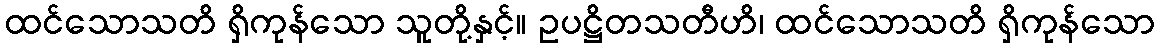
ထင်သောသတိ ရှိကုန်သော သူတို့နှင့်။ ဥပဋ္ဌိတသတီဟိ၊ ထင်သောသတိ ရှိကုန်သော